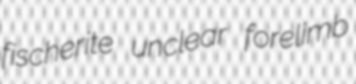
fischerite unclear forelimb